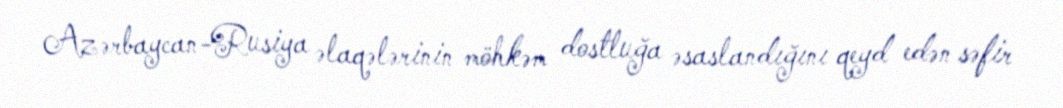
Azərbaycan-Rusiya əlaqələrinin möhkəm dostluğa əsaslandığını qeyd edən səfir